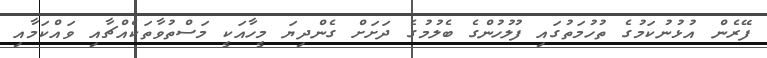
ފޭރެން އުޅުނުކަމުގެ ތުހުމަތުގައި ފުލުހުންގެ ބެލުމުގެ ދަށަށް ގެންދިޔަ މީހާއަކީ މަސްތުވާތަކެއްޗާއި ވައްކަމާއި